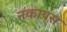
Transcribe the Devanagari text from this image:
नकायस